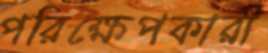
পরিক্ষেপকারী